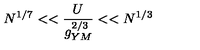
N ^ { 1 / 7 } < < \frac { U } { g _ { Y M } ^ { 2 / 3 } } < < N ^ { 1 / 3 }